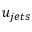
u _ { j e t s }